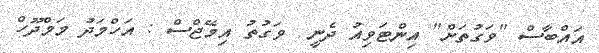
އައްބާސް "ވަގުތަށް" އިންޓަވިއު ދެނީ  ވަގުތު އިމޭޖްސް : އަހްމަދު މަމްދޫހް